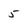
Character: 5